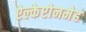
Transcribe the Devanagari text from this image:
ऐल्केप्टोनमेह